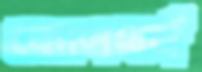
কোলথর্ন